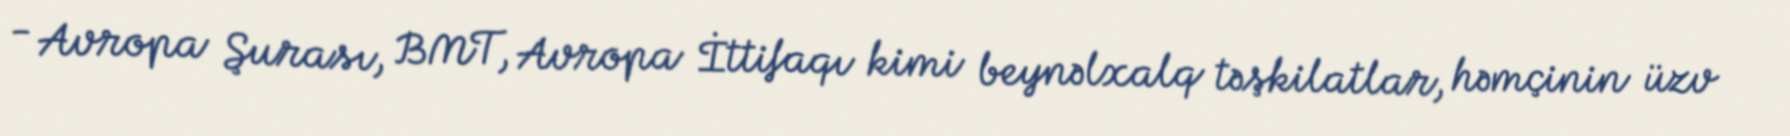
- Avropa Şurası, BMT, Avropa İttifaqı kimi beynəlxalq təşkilatlar, həmçinin üzv